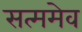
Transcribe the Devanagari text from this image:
सत्ममेव